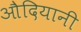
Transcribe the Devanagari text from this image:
औदियानी